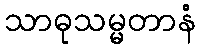
သာဓုသမ္မတာနံ